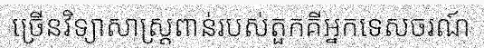
ច្រើនវិទ្យាសាស្ត្រពាន់របស់តួកគីអ្នកទេសចរណ៍